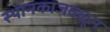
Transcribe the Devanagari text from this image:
स्थानकाजवळून